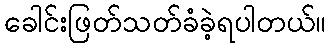
ခေါင်းဖြတ်သတ်ခံခဲ့ရပါတယ်။